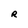
Character: R